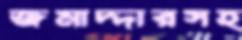
জমাদ্দারসহ